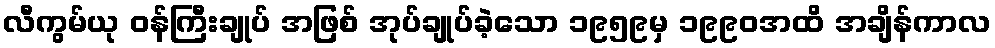
လီကွမ်ယု ဝန်ကြီးချုပ် အဖြစ် အုပ်ချုပ်ခဲ့သော ၁၉၅၉မှ ၁၉၉၀အထိ အချိန်ကာလ